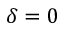
\delta = 0